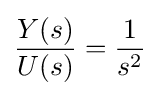
{\frac {Y(s)}{U(s)}}={\frac {1}{s^{2}}}